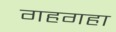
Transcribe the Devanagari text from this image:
गहगहा